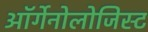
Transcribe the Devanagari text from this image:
ऑर्गेनोलोजिस्ट